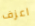
اعزف